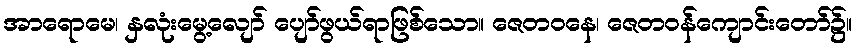
အာရောမေ၊ နှလုံးမွေ့လျော် ပျော်ဖွယ်ရာဖြစ်သော။ ဇေတဝနေ၊ ဇေတဝန်ကျောင်းတော်၌။